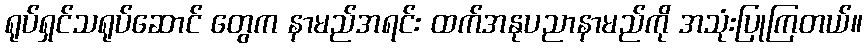
ရုပ်ရှင်သရုပ်ဆောင် တွေက နာမည်အရင်း ထက်အနုပညာနာမည်ကို အသုံးပြုကြတယ်။